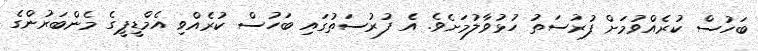
ބަހުސް ކުރެއްވުމަށް ފުރުސަތު ހުޅުވާލުމަށެވެ. އެ ފުރުސަތުގައި ބަހުސް ކުރެއްވި އެމްޑީޕީގެ މެންބަރުންގެ